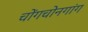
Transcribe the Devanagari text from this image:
चोंगचोनगांग